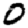
Digit: 0